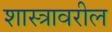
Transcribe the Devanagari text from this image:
शास्त्रावरील